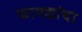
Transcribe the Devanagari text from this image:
फायद्यांचा